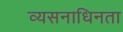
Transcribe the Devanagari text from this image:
व्यसनाधिनता